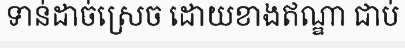
ទាន់ដាច់ស្រេច ដោយខាងឥណ្ឌា ជាប់